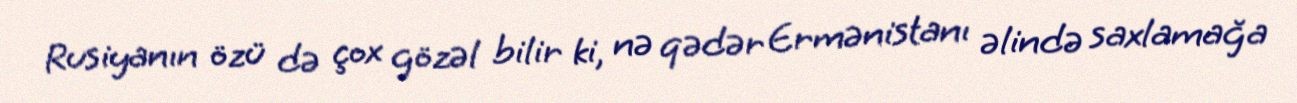
Rusiyanın özü də çox gözəl bilir ki, nə qədər Ermənistanı əlində saxlamağa